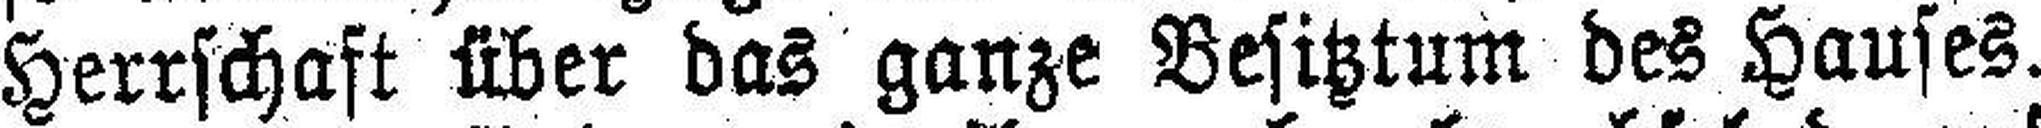
Herrschaft über das ganze Besitztum des Hauses.